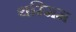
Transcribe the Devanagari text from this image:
थम्मिम